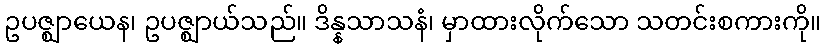
ဥပဇ္ဈာယေန၊ ဥပဇ္ဈာယ်သည်။ ဒိန္နသာသနံ၊ မှာထားလိုက်သော သတင်းစကားကို။